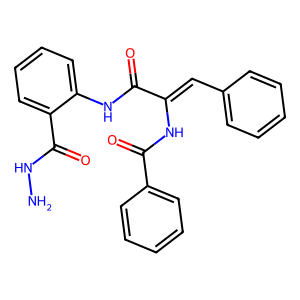
SMILES: NNC(=O)c1ccccc1NC(=O)C(=Cc1ccccc1)NC(=O)c1ccccc1
Inhibits HIV replication: No